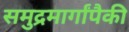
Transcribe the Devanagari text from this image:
समुद्रमार्गांपैकी